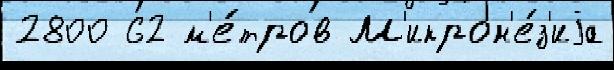
2800 62 м'е́тров М'икрон'е́з'иjа